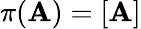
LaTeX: \pi(\mathbf{A})=[\mathbf{A}]